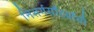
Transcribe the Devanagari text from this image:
निसर्गसौंदर्याची